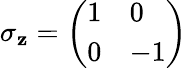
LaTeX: \sigma_{\mathbf{z}}={\left(\begin{array}{ll}{1}&{0}\\ {0}&{-1}\end{array}\right)}